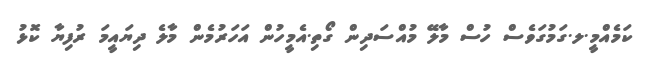
ކަމެެއްމީ.ލ.ގަމުގަވެސް ހުސް މާލޭ މުއްސަދިން ގޯތި.އެމީހުން އަހަރުމެން މާލެ ދިޔައީމަ ރުފިޔާ ކޮޅު